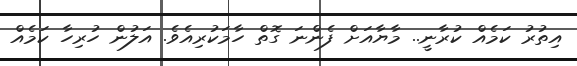
އިތުރު ކަމެއް ކުރާނީ.. މާޔާއަށް ފެންނަ ގޮތް ހާމަކުރިއެވެ. އަލުން ހުރިހާ ކަމެއް